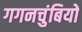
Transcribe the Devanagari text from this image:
गगनचुंबियों